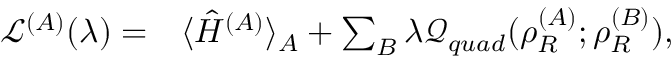
\begin{array} { r l } { \mathcal { L } ^ { ( A ) } ( \lambda ) = } & { { } \langle \hat { H } ^ { ( A ) } \rangle _ { A } + \sum _ { B } \lambda \mathcal { Q } _ { q u a d } ( \rho _ { R } ^ { ( A ) } ; \rho _ { R } ^ { ( B ) } ) , } \end{array}